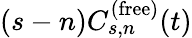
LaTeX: (s-n)C_{s,n}^{(\mathrm{free})}(t)